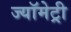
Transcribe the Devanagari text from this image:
ज्यॉमेट्री